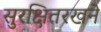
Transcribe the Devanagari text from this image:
सुरक्षितरखने